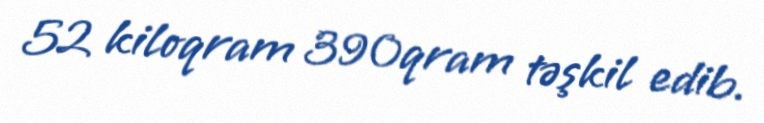
52 kiloqram 390qram təşkil edib.